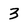
Character: 3